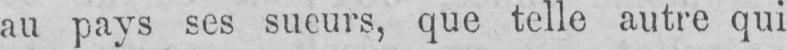
au pays ses sueurs, que telle autre qui